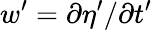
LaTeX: w^{\prime}=\partial\eta^{\prime}/\partial t^{\prime}